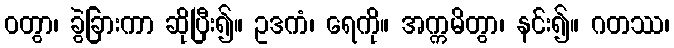
ဝတွာ၊ ခွဲခြားကာ ဆိုပြီး၍။ ဥဒကံ၊ ရေကို။ အက္ကမိတွာ၊ နင်း၍။ ဂတဿ၊